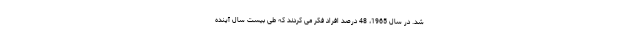
شد. در سال 1965، 48 درصد افراد فکر می کردند که طی بیست سال آینده